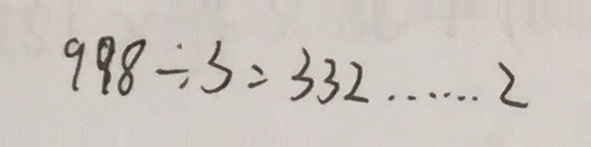
9 9 8 \div 3 = 3 3 2 \cdots 2